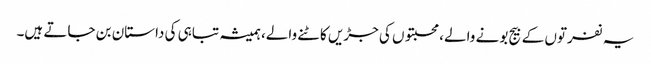
یہ نفرتوں کے بیج بونے والے، محبتوں کی جڑیں کاٹنے والے، ہمیشہ تباہی کی داستان بن جاتے ہیں۔